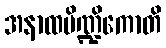
အနာထပိဏ္ဍိကောတိ